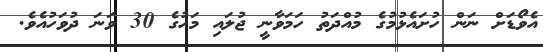
އެވޯޑަށް ނަން ހުށައެޅުމުގެ މުއްދަތު ހަމަވާނީ ޖުލައި މަހުގެ 30 ވަނަ ދުވަހުއެވެ.